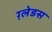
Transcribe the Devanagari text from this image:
ग़्लेडस